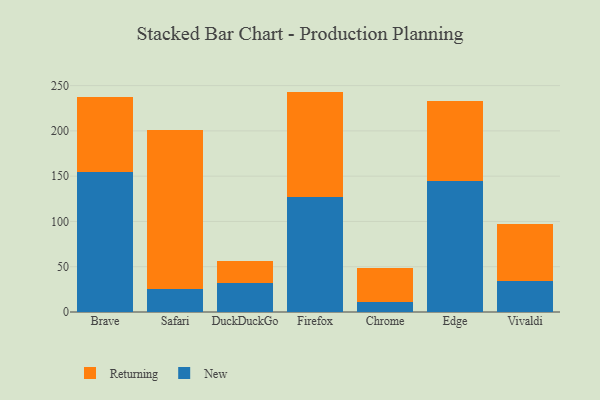
{"axis": {"x": "Browser", "y": "Population (Million)"}, "legend": ["New", "Returning"], "data": [{"x": "Brave", "y": 154.2, "type": "New"}, {"x": "Brave", "y": 83.3, "type": "Returning"}, {"x": "Safari", "y": 24.9, "type": "New"}, {"x": "Safari", "y": 176.6, "type": "Returning"}, {"x": "DuckDuckGo", "y": 31.7, "type": "New"}, {"x": "DuckDuckGo", "y": 24.3, "type": "Returning"}, {"x": "Firefox", "y": 127.5, "type": "New"}, {"x": "Firefox", "y": 115.9, "type": "Returning"}, {"x": "Chrome", "y": 10.9, "type": "New"}, {"x": "Chrome", "y": 38.0, "type": "Returning"}, {"x": "Edge", "y": 144.6, "type": "New"}, {"x": "Edge", "y": 88.7, "type": "Returning"}, {"x": "Vivaldi", "y": 34.5, "type": "New"}, {"x": "Vivaldi", "y": 62.7, "type": "Returning"}]}